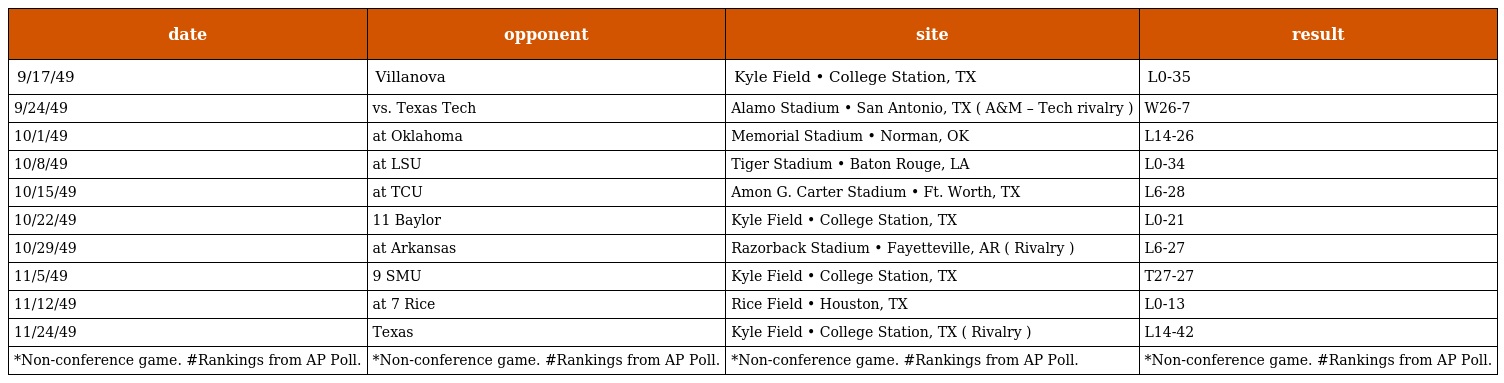
| date | opponent | site | result |
 | --- | --- | --- | --- |
 | 9/17/49 | Villanova | Kyle Field • College Station, TX | L0-35 |
 | 9/24/49 | vs. Texas Tech | Alamo Stadium • San Antonio, TX ( A&M – Tech rivalry ) | W26-7 |
 | 10/1/49 | at Oklahoma | Memorial Stadium • Norman, OK | L14-26 |
 | 10/8/49 | at LSU | Tiger Stadium • Baton Rouge, LA | L0-34 |
 | 10/15/49 | at TCU | Amon G. Carter Stadium • Ft. Worth, TX | L6-28 |
 | 10/22/49 | 11 Baylor | Kyle Field • College Station, TX | L0-21 |
 | 10/29/49 | at Arkansas | Razorback Stadium • Fayetteville, AR ( Rivalry ) | L6-27 |
 | 11/5/49 | 9 SMU | Kyle Field • College Station, TX | T27-27 |
 | 11/12/49 | at 7 Rice | Rice Field • Houston, TX | L0-13 |
 | 11/24/49 | Texas | Kyle Field • College Station, TX ( Rivalry ) | L14-42 |
 | *Non-conference game. #Rankings from AP Poll. | *Non-conference game. #Rankings from AP Poll. | *Non-conference game. #Rankings from AP Poll. | *Non-conference game. #Rankings from AP Poll. |